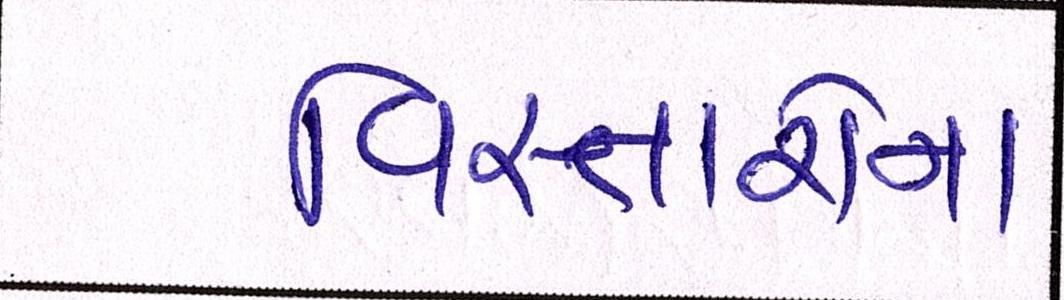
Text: વિસ્તારોના